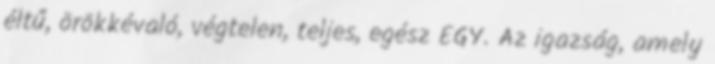
éltű, örökkévaló, végtelen, teljes, egész EGY. Az igazság, amely